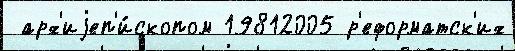
 арх'иjеп'и́скопом 19812005 р'еформатск'их